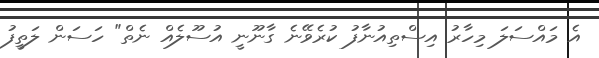
އެ މައްސަލަ މިހާރު އިސްތިއުނާފު ކުރެވޭނެ ގާނޫނީ އުސޫލެއް ނެތް" ހަސަން ލަތީފު